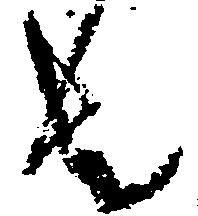
者